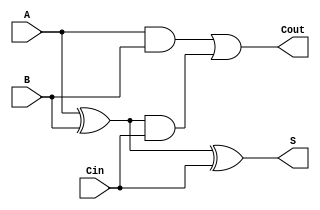
module full_adder (
    input wire A,      // First binary input
    input wire B,      // Second binary input
    input wire Cin,    // Carry-in input
    output wire S,     // Sum output
    output wire Cout   // Carry-out output
);

// Intermediate signals
wire S1;          // Intermediate sum

// Sum calculation using XOR gates
assign S1 = A ^ B;   // First XOR gate
assign S = S1 ^ Cin; // Second XOR gate for final sum

// Carry-out calculation using AND and OR gates
wire C1;          // Intermediate carry
wire C2;          // Intermediate carry

assign C1 = A & B;      // First AND gate
assign C2 = S1 & Cin;   // Second AND gate
assign Cout = C1 | C2;  // OR gate for final carry-out

endmodule